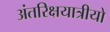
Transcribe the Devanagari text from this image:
अंतरिक्षयात्रीयो